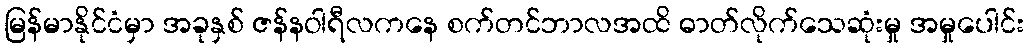
မြန်မာနိုင်ငံမှာ အခုနှစ် ဇန်နဝါရီလကနေ စက်တင်ဘာလအထိ ဓာတ်လိုက်သေဆုံးမှု အမှုပေါင်း